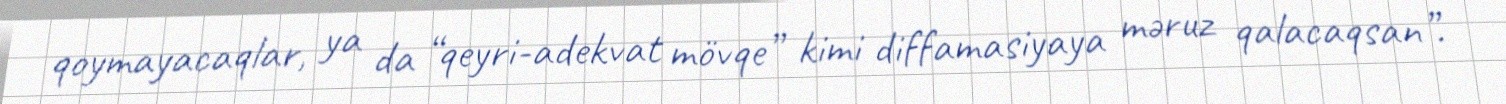
qoymayacaqlar, ya da “qeyri-adekvat mövqe” kimi diffamasiyaya məruz qalacaqsan”.